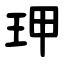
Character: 玾